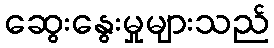
ဆွေးနွေးမှုများသည်